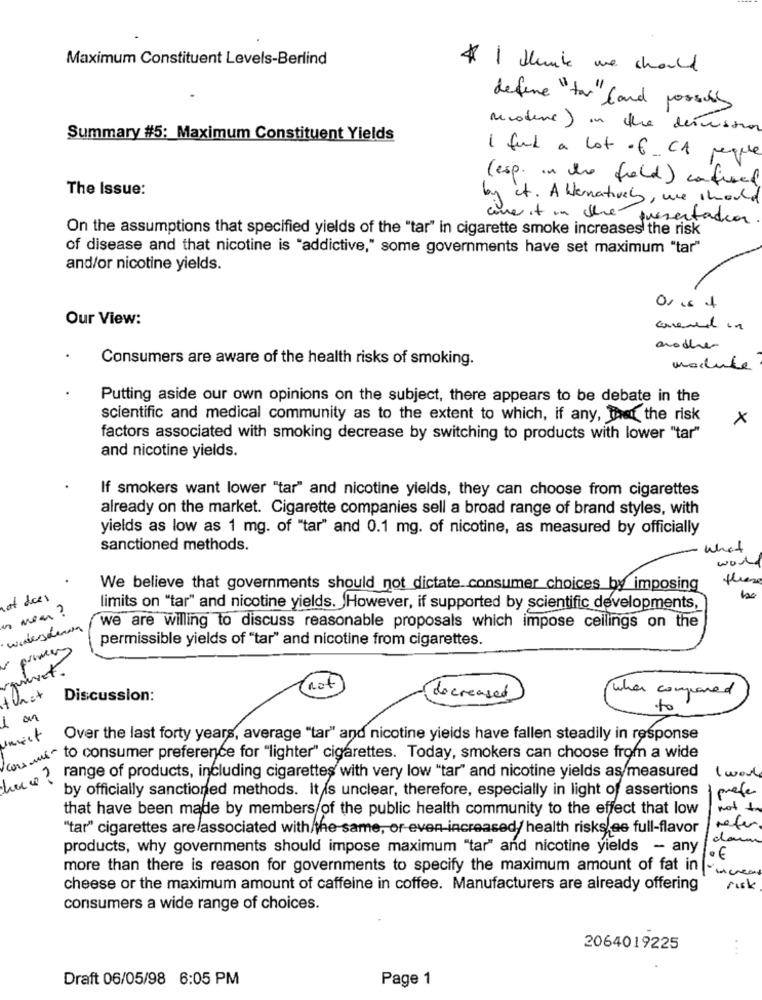
Maximum Constituent Levels-Berlind
# I think we should
define "for" land porsus
moderne) in the dernestron
Summary #5: Maximum Constituent Yields
I full a lot of_ CA peque
(esp. in the field) confused
The Issue:
by it. A Hernatively, we should
coure it in the presentation.
On the assumptions that specified yields of the "tar" in cigarette smoke increases the risk
of disease and that nicotine is "addictive," some governments have set maximum "tar"
and/or nicotine yields.
Our View:
convened in
arocher
Consumers are aware of the health risks of smoking.
module
Putting aside our own opinions on the subject, there appears to be debate in the
scientific and medical community as to the extent to which, if any, that the risk
X
factors associated with smoking decrease by switching to products with lower "tar"
and nicotine yields.
If smokers want lower "tar" and nicotine yields, they can choose from cigarettes
already on the market. Cigarette companies sell a broad range of brand styles, with
yields as low as 1 mg. of "tar" and 0.1 mg. of nicotine, as measured by officially
sanctioned methods.
what
word
these
We believe that governments should not dictate consumer choices by imposing
at dices
mean ?
limits on "tar" and nicotine yields. However, if supported by scientific developments,
widerschwung
we are willing to discuss reasonable proposals which impose ceilings on the
permissible yields of "tar" and nicotine from cigarettes.
not
when compared
Discussion:
decreased
to
1 m
unest
Over the last forty years, average "tar" and nicotine yields have fallen steadily in response
wir to consumer preference for "lighter" cigarettes. Today, smokers can choose from a wide
rt
hoe range of products, including cigarettes with very low "tar" and nicotine yields as measured
by officially sanctioned methods. It is unclear, therefore, especially in light of assertions
prefer
that have been made by members of the public health community to the effect that low
not to
"tar" cigarettes are associated with the same, or even increased/ health risks ee full-flavor
refer
products, why governments should impose maximum "tar" and nicotine yields - any
1.€
more than there is reason for governments to specify the maximum amount of fat in -
cheese or the maximum amount of caffeine in coffee. Manufacturers are already offering
risk
consumers a wide range of choices.
2064019225
...
Draft 06/05/98 6:05 PM
Page 1